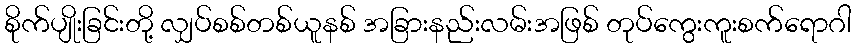
စိုက်ပျိုးခြင်းတို့ လျှပ်စစ်တစ်ယူနစ် အခြားနည်းလမ်းအဖြစ် တုပ်ကွေးကူးစက်ရောဂါ